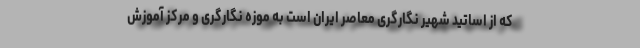
که از اساتید شهیر نگارگری معاصر ایران است به موزه نگارگری و مرکز آموزش